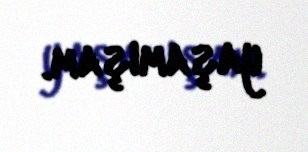
yaşamışam.